Medical and sanitary report on the native army of Bombay for the year
Year: 1879
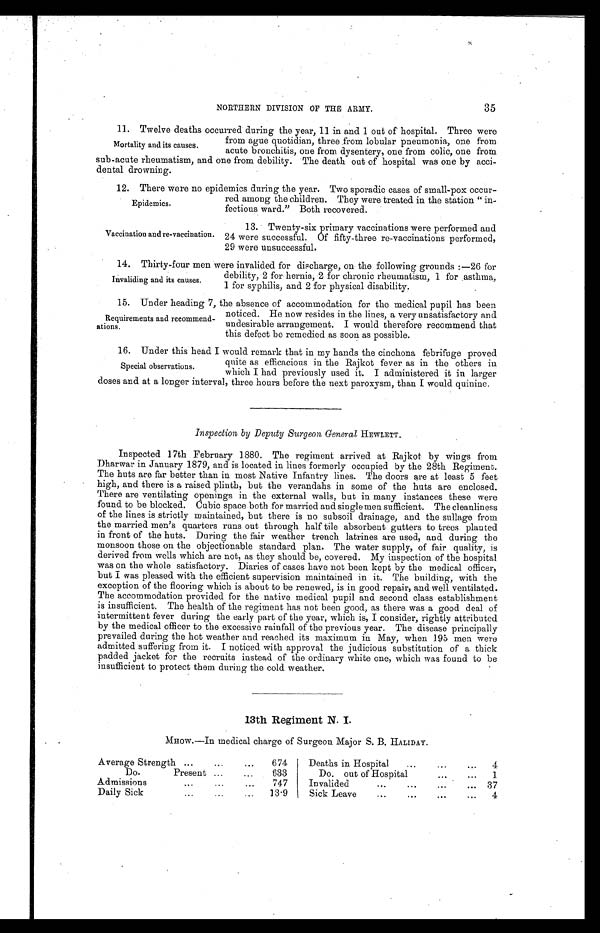
35
NORTHERN DIVISION OF THE ARMY.
11. Twelve deaths occurred during the year, 11 in and 1 out of hospital. Three were
from ague quotidian, three from lobular pneumonia, one from
acute bronchitis, one from dysentery, one from colic, one from
sub-acute rheumatism, and one from debility. The death out of hospital was one by acci
-
dental drowning.
12. There were no epidemics during the year. Two sporadic cases of small-pox occur
-red among the children. They were treated in the station "
in-fectious ward." Both recovered.
Mortality and its causes.
Epidemics.
Vaccination and re-vaccination.
13. Twenty-six primary vaccinations were performed and
24 were successful. Of fifty-three re-vaccinations performed,
29 were unsuccessful.
1 4 . T h i r t y - f o u r m e n w e r e i n v a l i d e d f o r d i s c h a r g e , o n t h e f o l l o w i n g g r o u n d s : — 2 6 f o r
debility, 2 for hernia. 2 for chronic rheumatism, 1 for asthma,
1 for syphilis, and 2 for physical disability.
1 5 . U n d e r h e a d i n g 7 , t h e a b s e n c e o f a c c o m m o d a t i o n f o r t h e m e d i c a l p u p i l h a s b e e n
noticed. He now resides in the lines, a very unsatisfactory and
undesirable arrangement. I would therefore recommend that
this defect be remedied as soon as possible.
1 6 . U n d e r t h i s h e a d I w o u l d r e m a r k t h a t i n m y h a n d s t h e c i n c h o n a f e b r i f u g e p r o v e d
quite as efficacious in the Rajkot fever as in the others in
which I had previously used it. I administered it in larger
doses and at a longer interval, three hours before the next paroxysm, than I would quinine.
Inspection by Deputy Surgeon General HEWLETT.
Inspected 17th February 1880. The regiment arrived at Rajkot by wings from
Dharwar in January 1879, and is located in lines formerly occupied by the 28th Regiment.
The huts are far better than in most Native Infantry lines. The doors are at least 5 feet
high, and there is a raised plinth, but the verandahs in some of the huts are enclosed.
There are ventilating openings in the external walls, but in many instances these were
found to be blocked. Cubic space both for married and single men sufficient. The cleanliness
of the lines is strictly maintained, but there is no subsoil drainage, and the sullage from
the married men's quarters runs out through half tile absorbent gutters to trees planted
in front of the huts. During the fair weather trench latrines are used, and during the
monsoon those on the objectionable standard plan. The water supply, of fair quality, is
derived from wells which are not, as they should be, covered. My inspection of the hospital
was on the whole satisfactory. Diaries of cases have not been kept by the medical officer,
but I was pleased with the efficient supervision maintained in it. The building, with the
exception of the flooring which is about to be renewed, is in good repair, and well ventilated.
The accommodation provided for the native medical pupil and second class establishment
is insufficient. The health of the regiment has not been good, as there was a good deal of
intermittent fever during the early part of the year, which is, I consider, rightly attributed
by the medical officer to the excessive rainfall of the previous year. The disease principally
prevailed during the hot weather and reached its maximum in May, when 195 men were
admitted suffering from it. I noticed with approval the judicious substitution of a thick
padded jacket for the recruits instead of the ordinary white one, which was found to be
insufficient to protect them during the cold weather.
13th Regiment N. I.
MHOW.—In medical charge of Surgeon Major S. B. HALIDAY.
Average Strength . . .674
Deaths in Hospital . . .4
Do. Present . . .633
Do. out of Hospital . . .1
Admissions . . .747
Invalided . . .37
Daily Sick . . .13.9
Sick Leave . . .4
Invaliding and its causes.
Requirements and recommend
-ations.
Special observations.